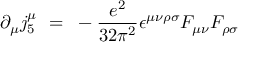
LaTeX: \partial _ { \mu } j _ { 5 } ^ { \mu } ~ = ~ - { \frac { e ^ { 2 } } { 3 2 \pi ^ { 2 } } } \epsilon ^ { \mu \nu \rho \sigma } F _ { \mu \nu } F _ { \rho \sigma }